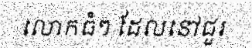
លោកធំៗ ដែលនៅជួរ